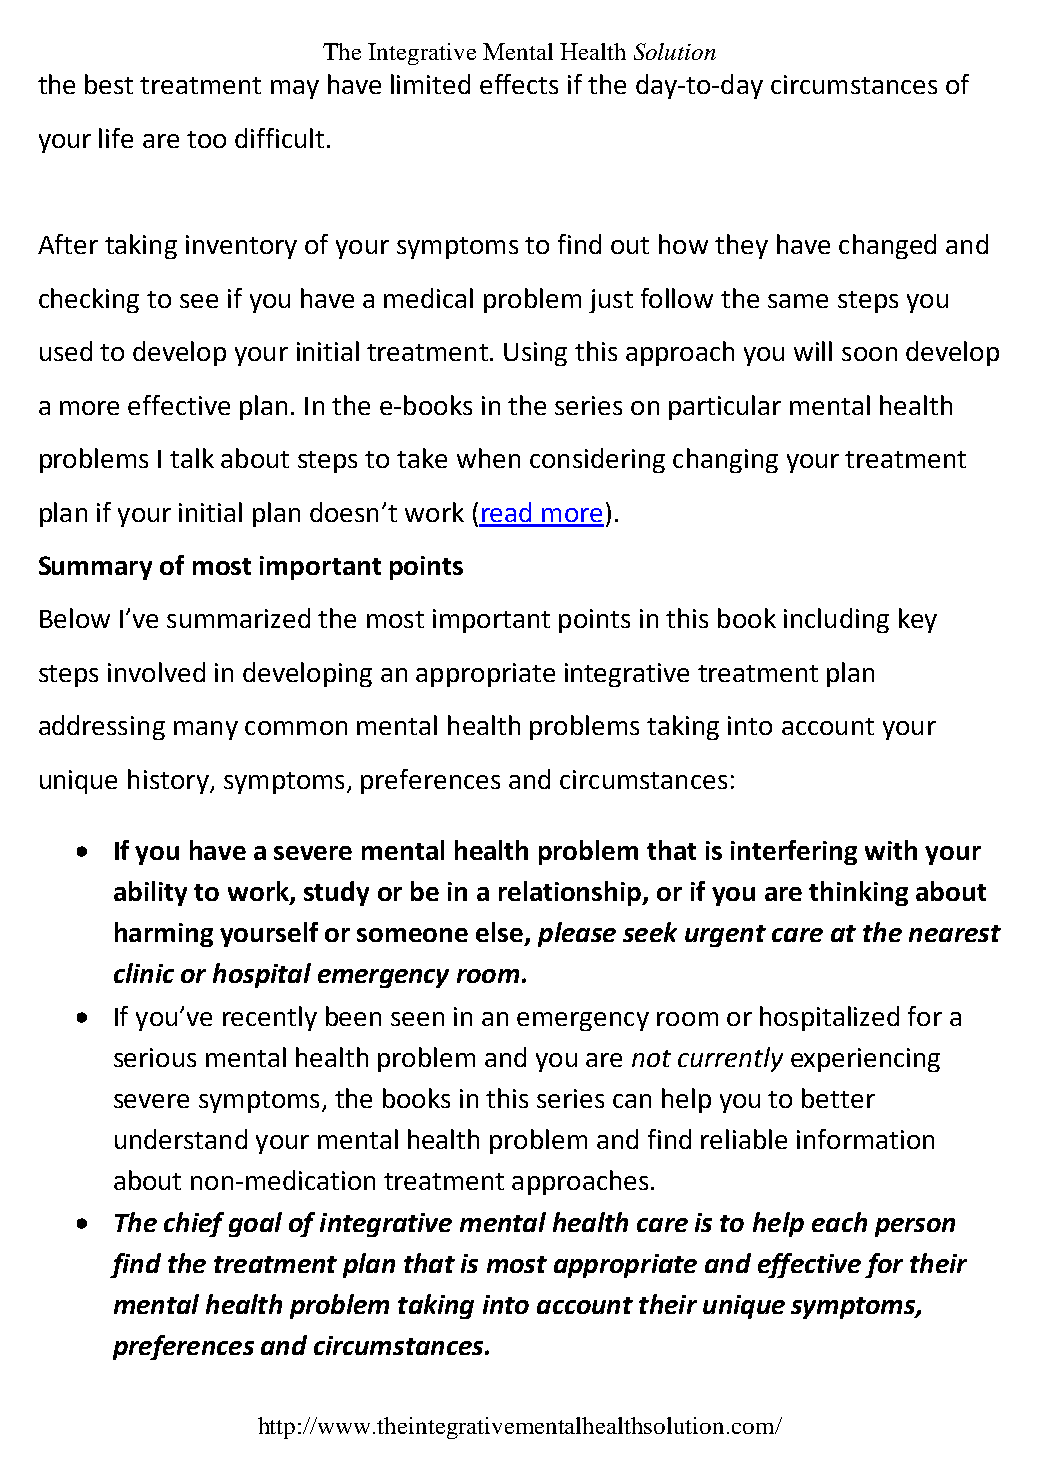
The Integrative Mental Health Solution
 the best treatment may have limited effects if the day-to-day circumstances of
 your life are too difficult.
 After taking inventory of your symptoms to find out how they have changed and
 checking to see if you have a medical problem just follow the same steps you
 used to develop your initial treatment. Using this approach you will soon develop
 a more effective plan. In the e-books in the series on particular mental health
 problems I talk about steps to take when considering changing your treatment
 plan if your initial plan doesn’t work (read more).
 Summary  of most important points
 Below I’ve summarized the most important points in this book including key
 steps involved in developing an appropriate integrative treatment plan
 addressing many common mental health problems taking into account your
 unique history, symptoms, preferences and circumstances:
  If you have a severe mental health problem that is interfering with your
 ability to work, study or be in a relationship, or if you are thinking about
 harming yourself or someone else, please seek urgent care at the nearest
 clinic or hospital emergency room.
  If you’ve recently been seen in an emergency room or hospitalized for a
 serious mental health problem and you are not currently experiencing
 severe symptoms, the books in this series can help you to better
 understand your mental health problem and find reliable information
 about non-medication treatment approaches.
  The chief goal of integrative mental health care is to help each person
 find the treatment plan that is most appropriate and effective for their
 mental health problem taking into account their unique symptoms,
 preferences and circumstances.
 http://www.theintegrativementalhealthsolution.com/